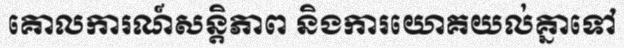
គោលការណ៍សន្តិភាព និងការយោគយល់គ្នាទៅ